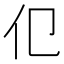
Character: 𬽢